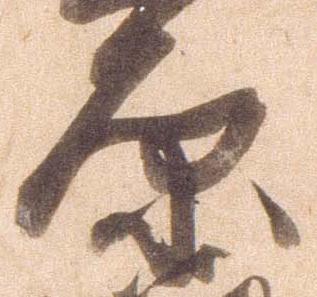
原